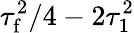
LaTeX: \tau_{\mathrm{f}}^{2}/4-2\tau_{1}^{2}